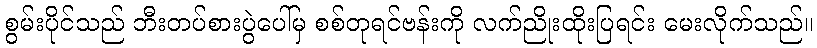
စွမ်းပိုင်သည် ဘီးတပ်စားပွဲပေါ်မှ စစ်တုရင်ဗန်းကို လက်ညိုးထိုးပြရင်း မေးလိုက်သည်။